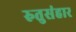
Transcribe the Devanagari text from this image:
रुतुसंहार